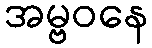
အမ္ဗဝနေ